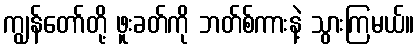
ကျွန်တော်တို့ ဖူးခတ်ကို ဘတ်စ်ကားနဲ့ သွားကြမယ်။